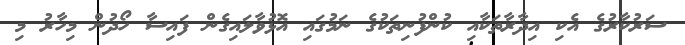
ސަރުކާރުގެ އެކި އިދާރާތަކާއި ކުންފުނިތަކުގެ ނަމުގައި އޮޅުވާލައިގެން ފައިސާ ހޯދުން މިހާރު މި